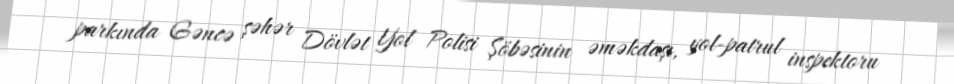
parkında Gəncə şəhər Dövlət Yol Polisi Şöbəsinin əməkdaşı, yol-patrul inspektoru